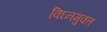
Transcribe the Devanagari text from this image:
विघ्नमुक्त